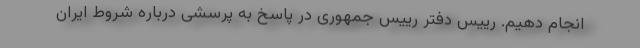
انجام دهیم. رییس دفتر رییس جمهوری در پاسخ به پرسشی درباره شروط ایران